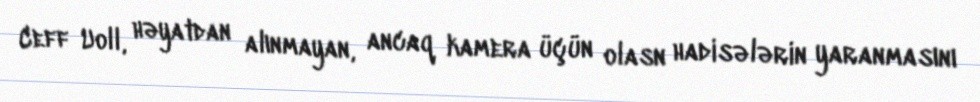
Ceff Uoll, həyatdan alınmayan, ancaq kamera üçün olasn hadisələrin yaranmasını